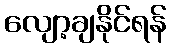
လျော့ချနိုင်ရန်